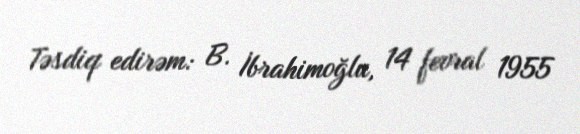
Təsdiq edirəm: B. İbrahimoğlu, 14 fevral 1955